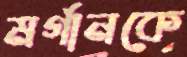
মর্গানকে